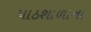
પાઠશાળાના